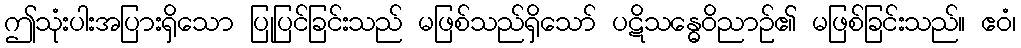
ဤသုံးပါးအပြားရှိသော ပြုပြင်ခြင်းသည် မဖြစ်သည်ရှိသော် ပဋိသန္ဓေဝိညာဉ်၏ မဖြစ်ခြင်းသည်။ ဧဝံ၊